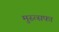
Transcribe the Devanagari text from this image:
मुस्त्सफा